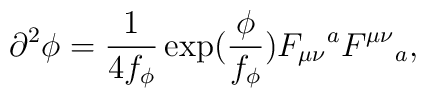
\partial^2\phi=\frac{1}{4f_\phi}\exp(\frac{\phi}{f_\phi})F_{\mu\nu}{}^a F^{\mu\nu}{}_a,